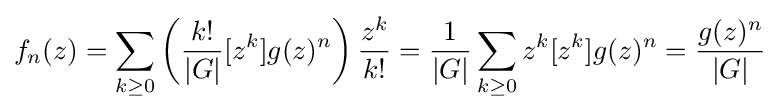
f_{n}(z)=\sum _{k\geq 0}\left({\frac {k!}{|G|}}[z^{k}]g(z)^{n}\right){\frac {z^{k}}{k!}}={\frac {1}{|G|}}\sum _{k\geq 0}z^{k}[z^{k}]g(z)^{n}={\frac {g(z)^{n}}{|G|}}